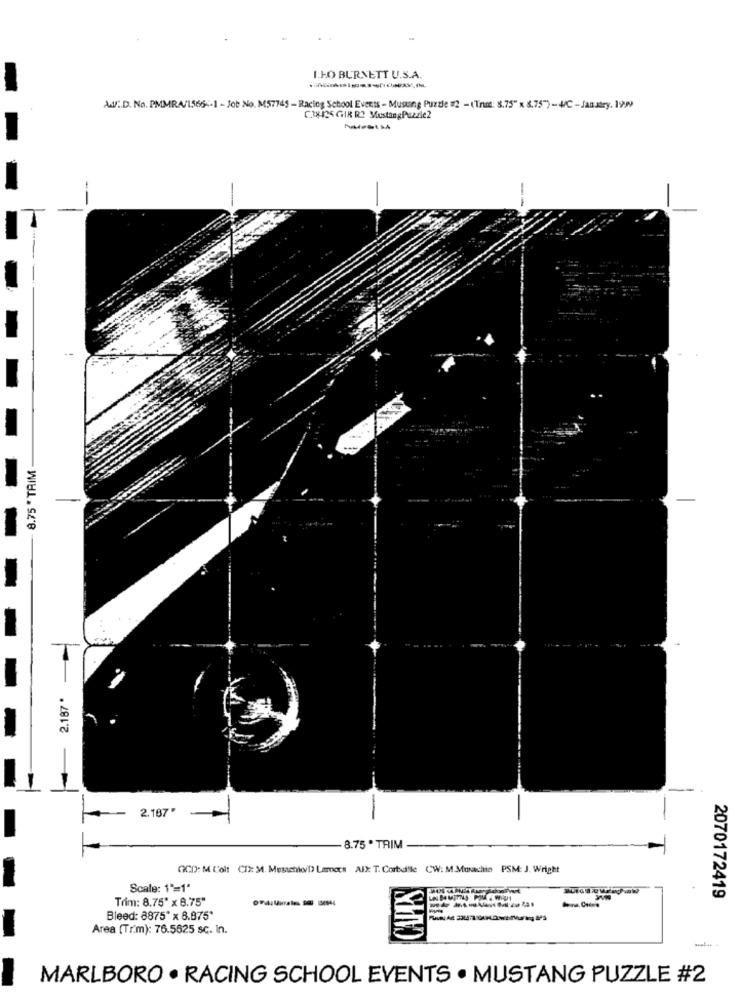
I.HO BURNETT U.S.A.
AdF .. D. No. PMMRA/1566 -- 1 - Job No. M57745 - Racing School Events - Musung Puzzle =2 - (Trin: 8.75" x 8.75") - 4/C - Janatry. 19
C3X125 GIR R2 MustangPuzzle2
-
8.75 " TRIM
2.187' -
2.187"
8.75 . TRIM
GCD): M Colt CIX: 34. Mesachio/[> Lamers Al): T. Corbd!le CW: M Mmachin PSM: J. Wright
CAPIS
Scale: 1'=1'
Trim: 8.75" x 8.75"
2070172419
Bleed: 8875" x 8.875*
Area (Trim): 76.5625 sc. in.
MARLBORO . RACING SCHOOL EVENTS · MUSTANG PUZZLE #2